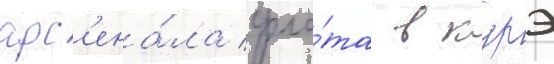
арс'ена́ла фло́та в курэ